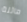
هائلة